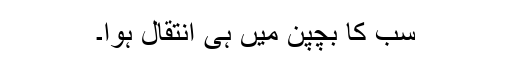
سب کا بچپن میں ہی اِنتقال ہوا۔